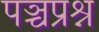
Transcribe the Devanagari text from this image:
पञ्चप्रश्न